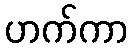
ဟက်ကာ